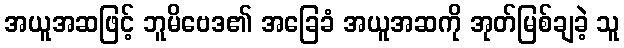
အယူအဆဖြင့် ဘူမိဗေဒ၏ အခြေခံ အယူအဆကို အုတ်မြစ်ချခဲ့ သူ